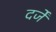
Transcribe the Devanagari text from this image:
दर्जें